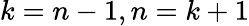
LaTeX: k=n-1,n=k+1